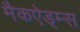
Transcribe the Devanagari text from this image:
मैकऐड्म्स